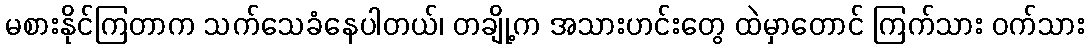
မစားနိုင်ကြတာက သက်သေခံနေပါတယ်၊ တချို့က အသားဟင်းတွေ ထဲမှာတောင် ကြက်သား ဝက်သား